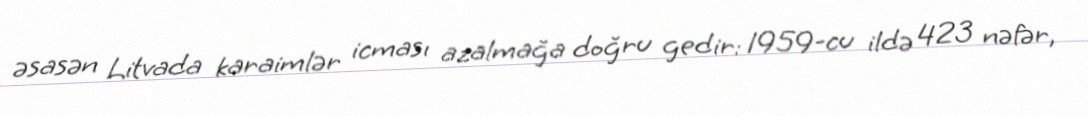
əsasən Litvada karaimlər icması azalmağa doğru gedir: 1959-cu ildə 423 nəfər,